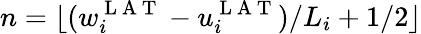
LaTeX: n=\lfloor(w_{i}^{\mathrm{~L~A~T~}}-u_{i}^{\mathrm{~L~A~T~}})/L_{i}+1/2\rfloor